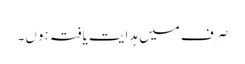
صرف میں ہدایت یافتہ ہوں۔